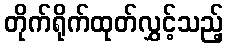
တိုက်ရိုက်ထုတ်လွှင့်သည့်